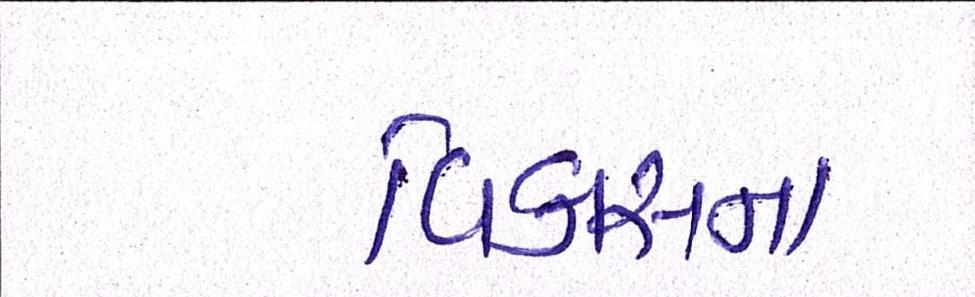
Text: વિકાસના